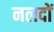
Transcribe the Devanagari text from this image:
नलदों